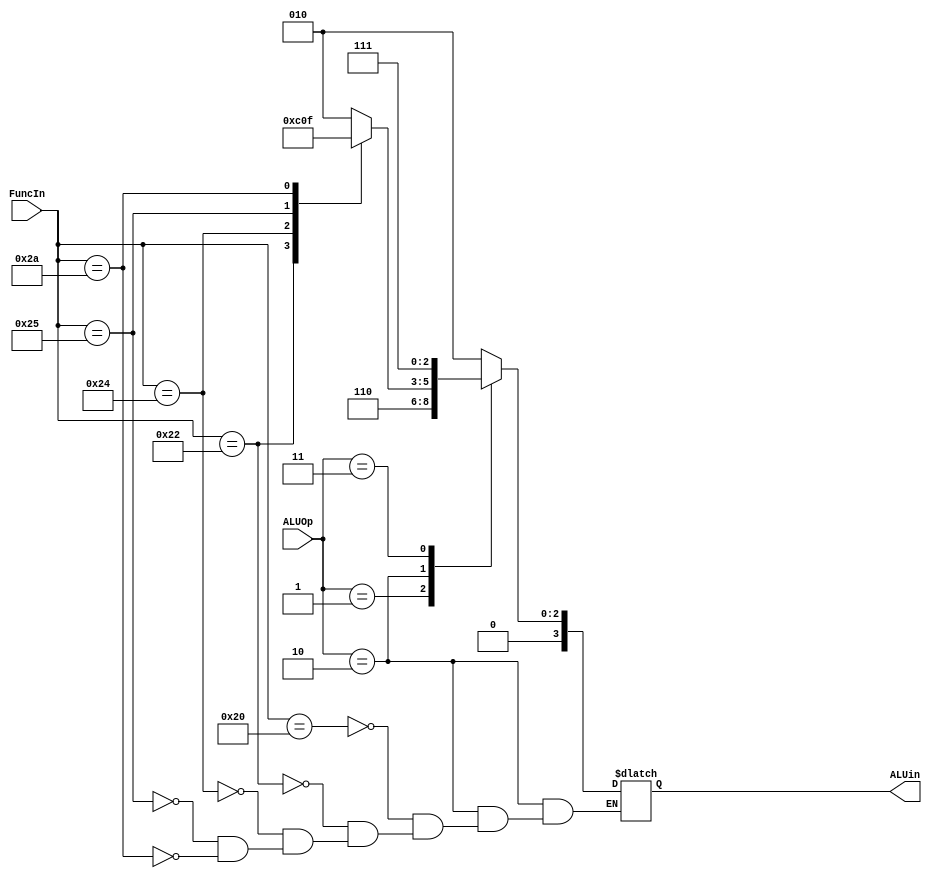
module ALUControl (
    input [5:0]FuncIn,
    input [1:0]ALUOp,
    output reg [3:0]ALUin
);


always @(*) begin
    case (ALUOp)
        2'b00:
            ALUin = 4'b0010;
        2'b01:
            ALUin = 4'b0110;
        2'b10:
            case (FuncIn)
                6'b100000:
                    ALUin = 4'b0010;
                6'b100010:
                    ALUin = 4'b0110;
                6'b100100:
                    ALUin = 4'b0000;
                6'b100101:
                    ALUin = 4'b0001;
                6'b101010:
                    ALUin = 4'b0111; 
            endcase
        2'b11:
            ALUin = 4'b0111;
        default: 
            ALUin = 4'd0;
    endcase
end


endmodule